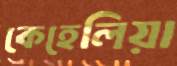
কেহেলিয়া